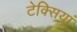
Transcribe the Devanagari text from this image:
टेक्सियां